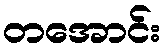
တအောင်း